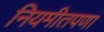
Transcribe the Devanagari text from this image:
नियमीतपणा